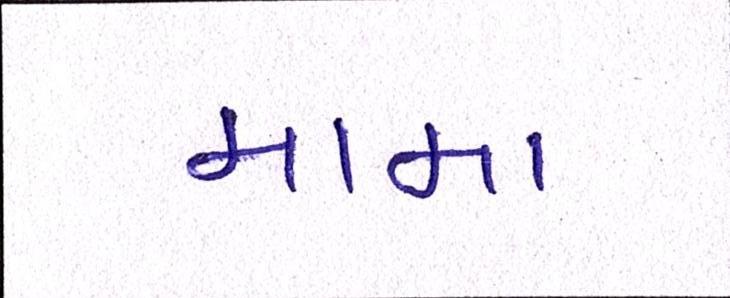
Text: મામા